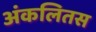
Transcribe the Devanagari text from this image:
अंकलितस